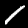
Label: 1